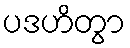
ပဒဟိတွာ